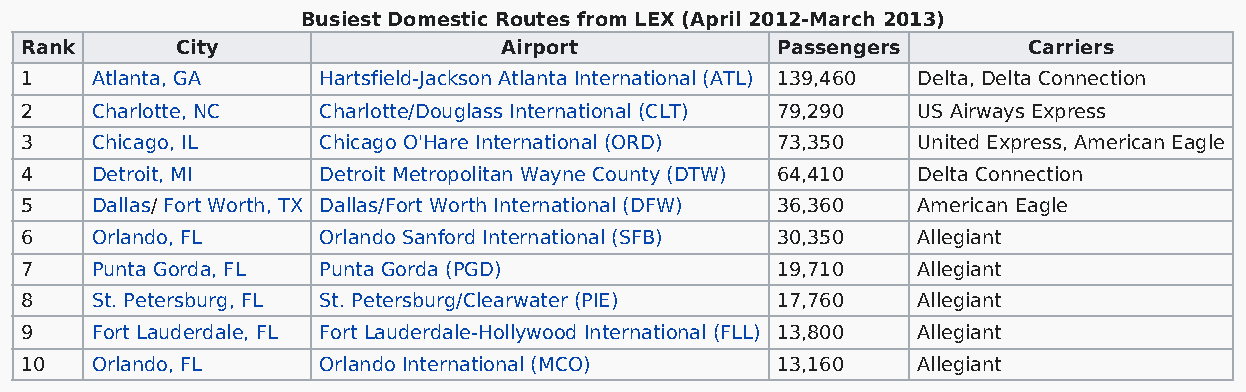
Busiest Domestic Routes from LEX (April 2012-March 2013)
 Rank       City                 Airport           Passengers       Carriers
 1    Atlanta, GA    Hartsfield-Jackson Atlanta International (ATL) 139,460 Delta, Delta Connection
 2    Charlotte, NC  Charlotte/Douglass International (CLT) 79,290 US Airways Express
 3    Chicago, IL    Chicago O'Hare International (ORD) 73,350 United Express, American Eagle
 4    Detroit, MI    Detroit Metropolitan Wayne County (DTW) 64,410 Delta Connection
 5    Dallas/ Fort Worth, TX Dallas/Fort Worth International (DFW) 36,360 American Eagle
 6    Orlando, FL    Orlando Sanford International (SFB) 30,350 Allegiant
 7    Punta Gorda, FL Punta Gorda (PGD)            19,710    Allegiant
 8    St. Petersburg, FL St. Petersburg/Clearwater (PIE) 17,760 Allegiant
 9    Fort Lauderdale, FL Fort Lauderdale-Hollywood International (FLL) 13,800 Allegiant
 10   Orlando, FL    Orlando International (MCO)   13,160    Allegiant